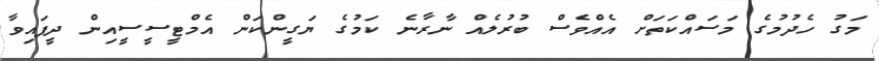
މަގު ހެދުމުގެ މަސައްކަތަށް އެއްވެސް ބުރުލެއް ނާރާނެ ކަމުގެ ޔަގީންކަން އެމްޓީސީސީއިން ދީފައިވާ